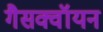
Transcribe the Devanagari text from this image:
गैसक्वॉयन